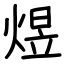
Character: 煜